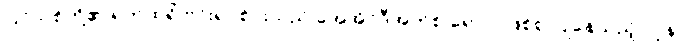
ပြင်သစ်တို့၏ ရက်ထရို ဗိုင်းရပ်စ်ပိုးသည် အေအိုင်ဒီအက်စ် ရောဂါ ဖြစ်စ ပြုနေသည့် လူနာ